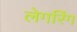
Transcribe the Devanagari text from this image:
लेगरिंग